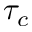
\tau _ { c }